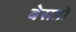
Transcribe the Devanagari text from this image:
बेसडो